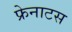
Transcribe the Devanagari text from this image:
फ्रेनाटस